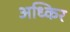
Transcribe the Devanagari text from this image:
अध्किर